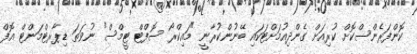
ކޮންފަރެންސްކޮށް ކުރިއަށް ގެންދިއުމަށްޓަކައި ބޭނުންކުރާނީ "މައިކްރޯ ސޮފްޓް ޓީމްސް" ނުވަތަ ޑިޕާރޓްމަންޓް އޮފް